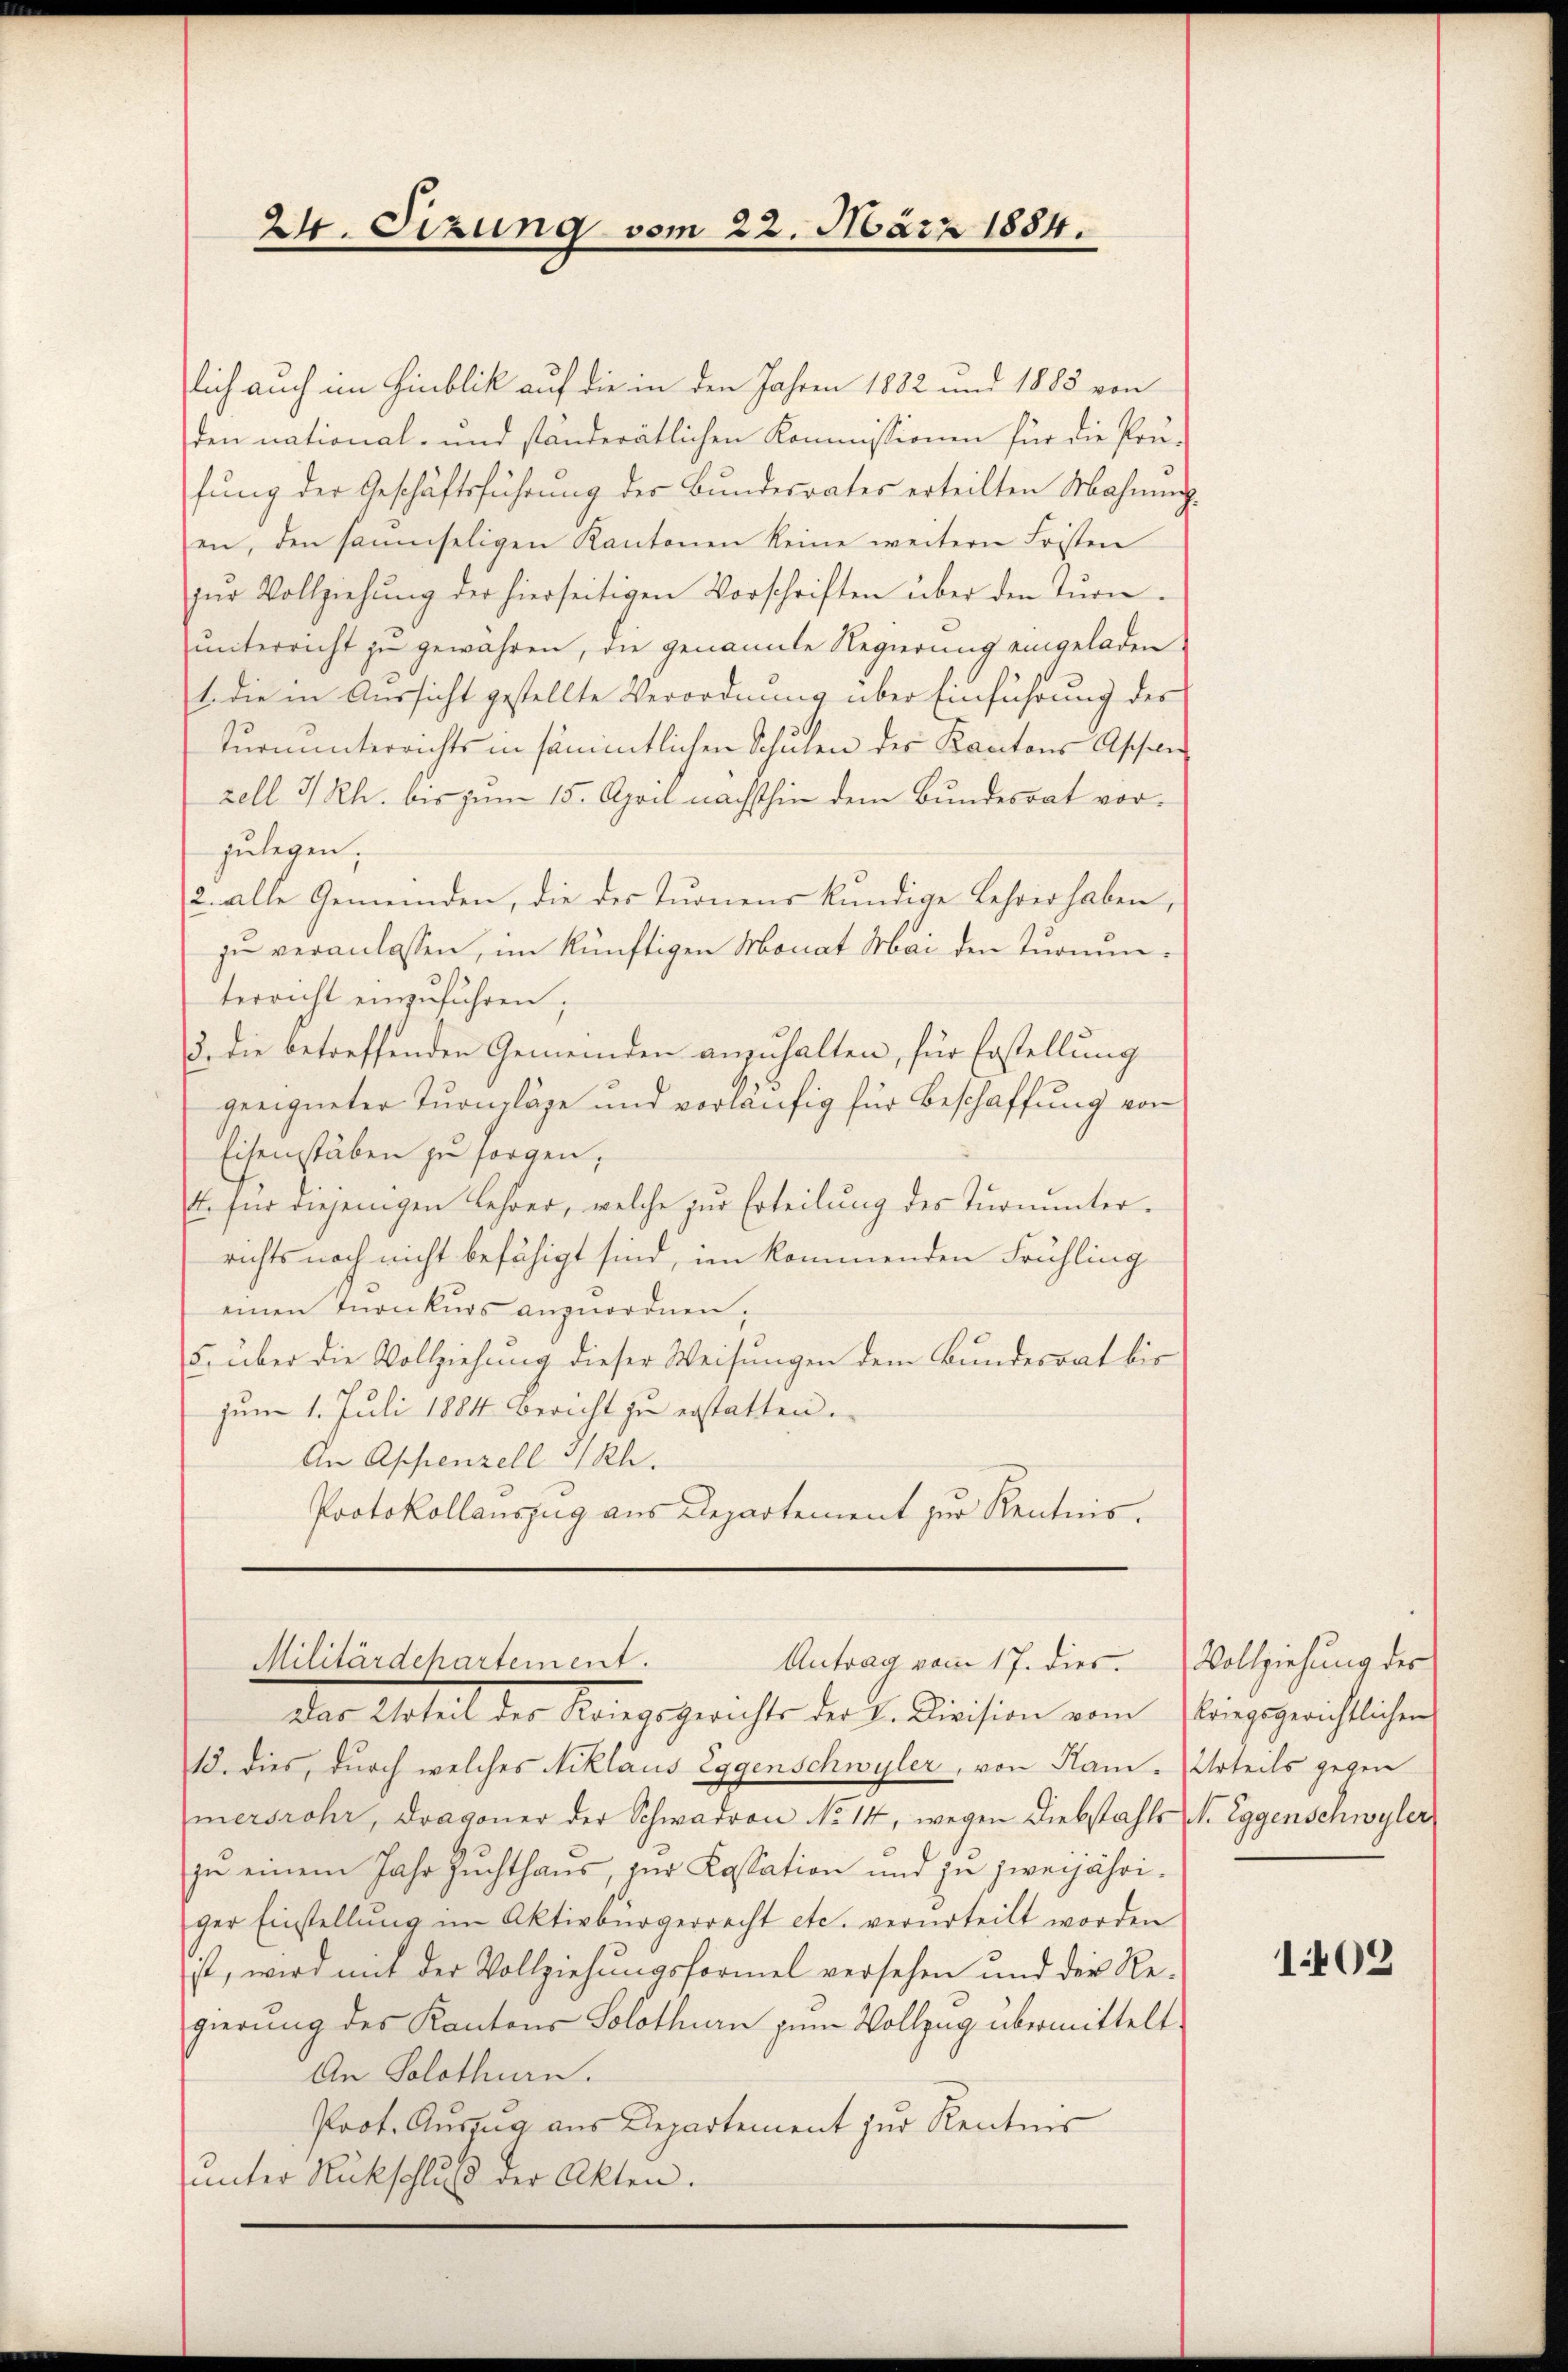
24. Sizung vom 22. März 1884.

lich auch im Hinblik auf die in den Jahren 1882 und 1885 von
den national- und ständerätlichen Kommissionen für die Prä-
fung der Geschäftsführung der Bundesrates erteilten Mahnung
en, den saumseligen Kantonen keine weitern Fristen
zŭr Vollziehŭng der hierseitigen Vorschriften über den Tŭrn-
unterricht zu gewähren, die genannte Regierung eingeladen.
1 die in Aussicht gestellte Verordnung über Einführung des
Turnunterrichts in sämmtlichen Schulen des Kantons Assen
zell I/Rh. bis zum 15. April nächsthin dem Bundesrat vorzulegen,
2. alle Gemeinden, die des Turnens kundige Lehrer haben,
zu veranlassen, im künftigen Monat Mai den Turnunterricht einzuführen;
2. die betreffenden Gemeinden anzuhalten, für Erstellung
geeigneter Turnplage und vorläufig für Beschaffung von
Eisenstäben zu sorgen,
E. für diejenigen Lehrer, welche zur Erteilung des Turnunterrichts noch nicht befähigt sind, im kommenden Frühling
einen Inonkurs anzuordnen.
5. über die Vollziehung dieser Weisungen dem Bundesrat bis
zum 1. Juli 1884 bericht zu erstatten.
An Appenzell I/Rh.
Protokollauszug aus Departement zur Kenntnis.
Militärdepartement.
Antrag vom 17. dies
das Urteil der Kriegsgerichts der L. Division vom Klingegerichtlichen
18. dies, durch welches Niklaus Eggenschwyler, von Ham. Urteils gegen
mersrohr, Dragoner der Schwadron No 14, wegen Diebstahls N. Eggenschwyler,
zu einem Jahr Zuchthaus, zur Kassation und zu zweijähriger Einstellŭng im Aktivbürgerrecht etc. verurteilt worden
ist, wird mit der Vollziehungsformel versehen und der Re-
gierung des Kantons Solothurn zum Vollzug übermittelt
An Solothurn.
Prot. Auszug aus Departement zur Kentnis
unter Rückschluß der Akten.

Vollziehung der

1402